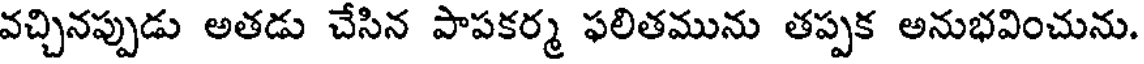
వచ్చినప్పుడు అతడు చేసిన పాపకర్మ ఫలితమును తప్పక అనుభవించును.